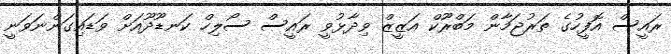
ރައީސް އޮފީހުގެ ތަރުޖަމާން މަބްރޫކް އަޒީޒް ވިދާޅުވީ ރައީސް ސޯލިހް ކަނޑޫދޫއަށް ވަޑައިގަންނަވަނީ